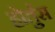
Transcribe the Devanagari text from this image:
होर्तुस